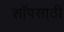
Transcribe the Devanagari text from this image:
शॉपसाठी